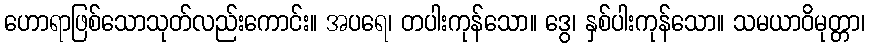
ဟောရာဖြစ်သောသုတ်လည်းကောင်း။ အပရေ၊ တပါးကုန်သော။ ဒွေ၊ နှစ်ပါးကုန်သော။ သမယာဝိမုတ္တာ၊